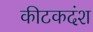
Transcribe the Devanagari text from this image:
कीटकदंश